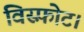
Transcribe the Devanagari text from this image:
विस्फ़ोट।